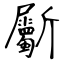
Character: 斸